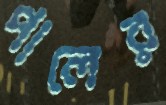
পালের